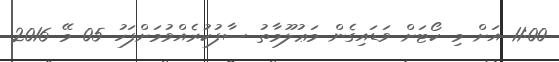
11:00 އަށް މި ކޯޓަށް ވަޑައިގެން މަޢުލޫމާތު ސާފުކުރެއްވުމަށްފަހު 05 މޭ 2016